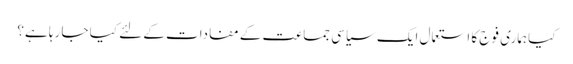
کیا ہماری فوج کا استعمال ایک سیاسی جماعت کے مفادات کے لئے کیا جا رہا ہے؟